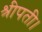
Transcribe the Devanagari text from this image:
श्रीपती।